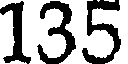
135